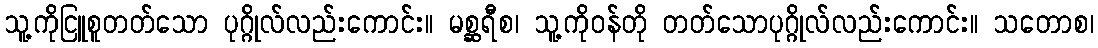
သူ့ကိုငြူစူတတ်သော ပုဂ္ဂိုလ်လည်းကောင်း။ မစ္ဆရီစ၊ သူ့ကိုဝန်တို တတ်သောပုဂ္ဂိုလ်လည်းကောင်း။ သတောစ၊